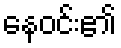
နေဝင်း၏